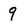
Character: 9